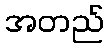
အတည်